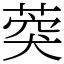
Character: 葖